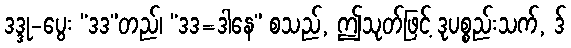
ဒဒ္ဒု-ပွေး “ဒဒ”တည်၊ “ဒဒ=ဒါနေ” စသည်, ဤသုတ်ဖြင့် ဒုပစ္စည်းသက်, ဒ်